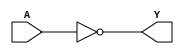
module notgate(output wire Y,
                             input wire A);
              not(Y,A);
endmodule